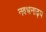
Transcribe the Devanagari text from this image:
नवधनाढ्य